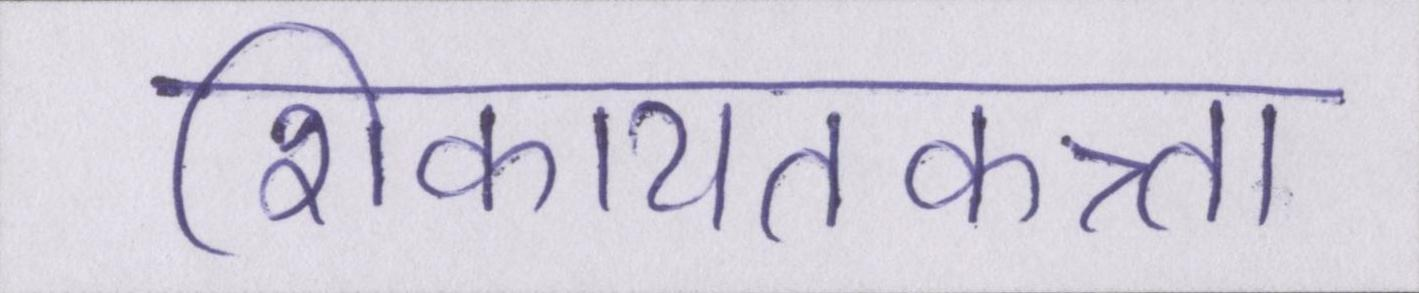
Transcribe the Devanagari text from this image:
शिकायतकत्र्ता